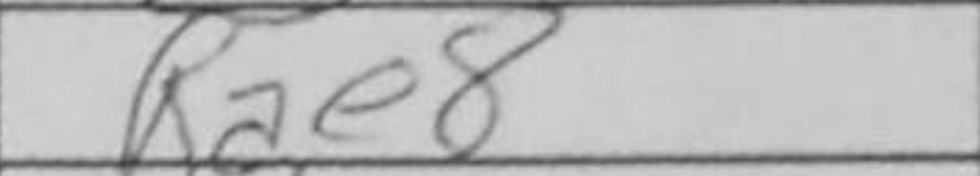
Transcription: Rae8